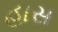
હાસ